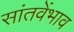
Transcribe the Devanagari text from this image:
सांतवेंभाव